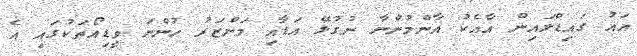
އައު ގައިޑްލައިން އާއެކު އާންމުންނާ ނުގުޅޭ އަޑާއި މަންޒަރު ހުންނަ ވީޑިއޯތަކުގައި އެ